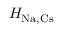
H _ { \mathrm { N a , C s } }